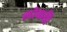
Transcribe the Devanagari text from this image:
लोकप्रि